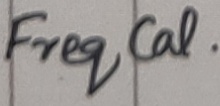
Text: Freq CAL.